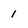
Character: 1